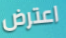
اعترض